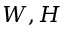
W , H